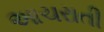
આચરાતી